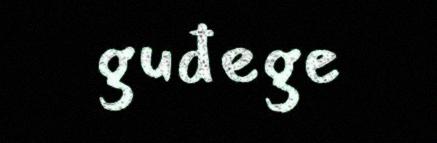
guđege